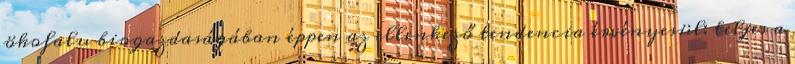
ökofalu biogazdaságában éppen az ellenkező tendencia érvényesül: teljes a